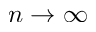
n \to \infty